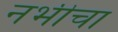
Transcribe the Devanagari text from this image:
नभीचा